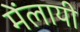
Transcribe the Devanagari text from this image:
मेंलायी